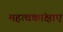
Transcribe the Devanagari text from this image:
महत्वकांक्षाएं